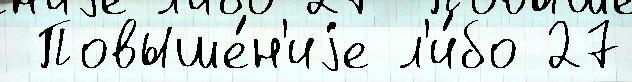
 Повыше́н'иjе л'и́бо 27